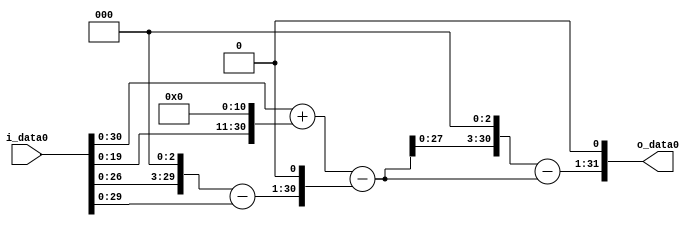
module multiplier_block_43 (
    i_data0,
    o_data0
);
  input   [31:0] i_data0;
  output  [31:0]
    o_data0;
  wire [31:0]
    w1,
    w2048,
    w2049,
    w8,
    w7,
    w14,
    w2035,
    w16280,
    w14245,
    w28490;
  assign w1 = i_data0;
  assign w14 = w7 << 1;
  assign w14245 = w16280 - w2035;
  assign w16280 = w2035 << 3;
  assign w2035 = w2049 - w14;
  assign w2048 = w1 << 11;
  assign w2049 = w1 + w2048;
  assign w28490 = w14245 << 1;
  assign w7 = w8 - w1;
  assign w8 = w1 << 3;
  assign o_data0 = w28490;
endmodule